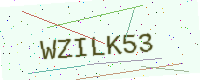
Text: WZILK53